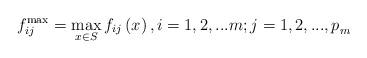
LaTeX: \begin{align*} f_{ij}^{\max } =\max _{x\in S} f_{ij} \left(x\right),i=1,2,...m;j=1,2,...,p_{m}^{} \end{align*}